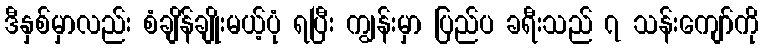
ဒီနှစ်မှာလည်း စံချိန်ချိုးမယ့်ပုံ ရပြီး ကျွန်းမှာ ပြည်ပ ခရီးသည် ၇ သန်းကျော်ကို